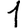
Digit: 1